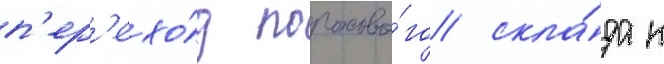
п'ер'ехо́д порохово́го скла́да к